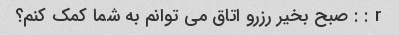
r : : صبح بخیر رزرو اتاق می توانم به شما کمک کنم؟